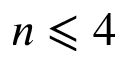
n \leqslant 4